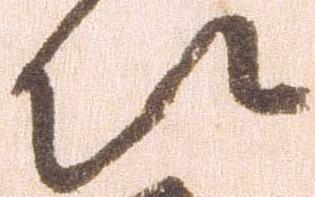
以